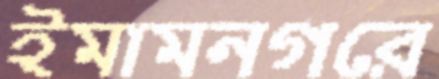
ইমামনগরে